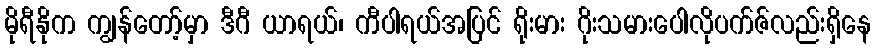
မိုရီနိုက ကျွန်တော့်မှာ ဒီဂီ ယာရယ်၊ ကီပါရယ်အပြင် ရိုးမား ဂိုးသမားပေါလိုပက်ဇ်လည်းရှိနေ